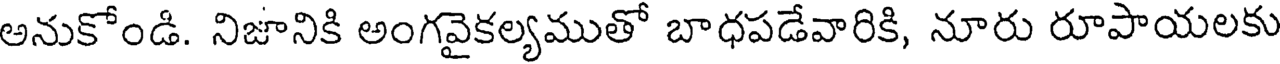
అనుకోండి. నిజానికి అంగవైకల్యముతో బాధపడేవారికి, నూరు రూపాయలకు